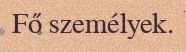
Fő személyek.